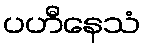
ပဟီနေသံ